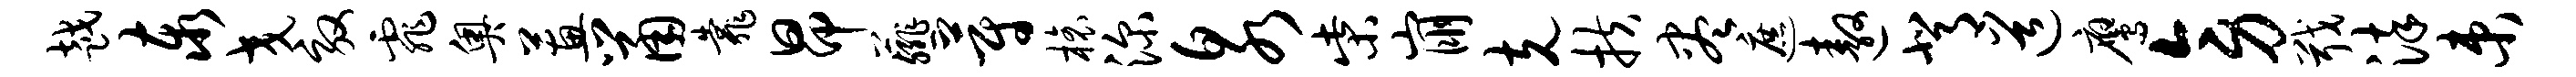
越泰交效霏奥蕙鼠靠昂薤蔚榱深泉柴崩克扶尽遮遨背道鹰旁戢染束